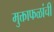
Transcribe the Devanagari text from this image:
मुक्ताफळांची